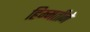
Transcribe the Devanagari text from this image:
हिम्मतीने